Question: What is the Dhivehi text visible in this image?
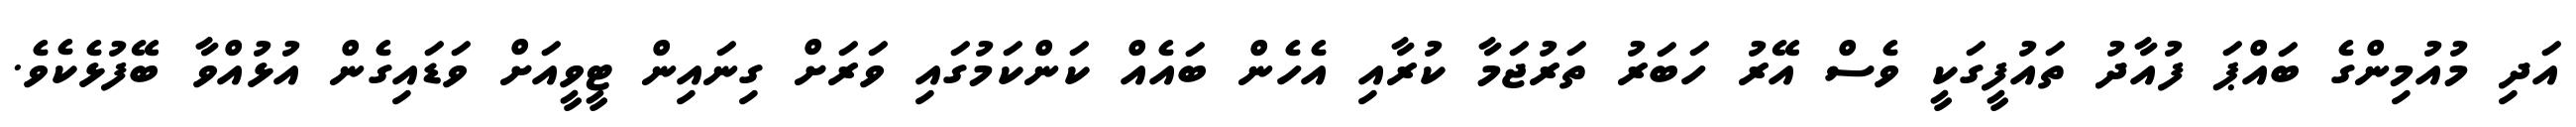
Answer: އަދި މުއުމިންގެ ބައްޕަ ފުއާދު ތައުފީގަކީ ވެސް އޭރު ހަބަރު ތަރުޖަމާ ކުރާއި އެހެން ބައެއް ކަންކަމުގައި ވަރަށް ގިނައިން ޓީވީއަށް ވަޑައިގެން އުޅުއްވާ ބޭފުޅެކެވެ.